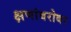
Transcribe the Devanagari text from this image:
क्षणांबरोबर